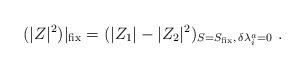
LaTeX: \begin{align*}(|Z |^2)|_{\rm fix}= (|Z_1| -|Z_2|^2)_{S=S_{\rm fix}, \, \delta\lambda^{a}_{i}=0} \ .\end{align*}